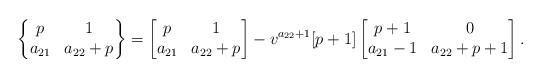
LaTeX: \begin{align*}\left \{\begin{matrix}p & 1 \\a_{21} & a_{22} +p\end{matrix}\right \}=\left [\begin{matrix}p & 1\\a_{21} & a_{22}+p\end{matrix}\right ]- v^{a_{22}+1} [p+1]\left [\begin{matrix}p+1 & 0\\a_{21}-1 & a_{22} +p +1\end{matrix}\right ].\end{align*}